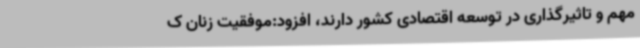
مهم و تاثیرگذاری در توسعه اقتصادی کشور دارند، افزود:موفقیت زنان ک